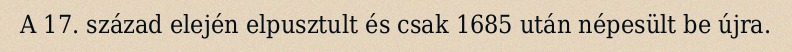
A 17. század elején elpusztult és csak 1685 után népesült be újra.